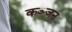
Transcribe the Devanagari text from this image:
कञ्जन